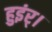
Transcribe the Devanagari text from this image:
हुइंर्।